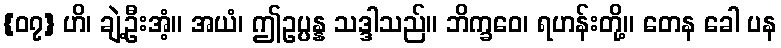
{၀၇} ဟိ၊ ချဲ့ဦးအံ့။ အယံ၊ ဤဥပ္ပန္န သဒ္ဒါသည်။ ဘိက္ခဝေ၊ ရဟန်းတို့။ တေန ခေါ ပန